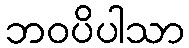
ဘဝပိပါသာ